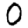
Digit: 0